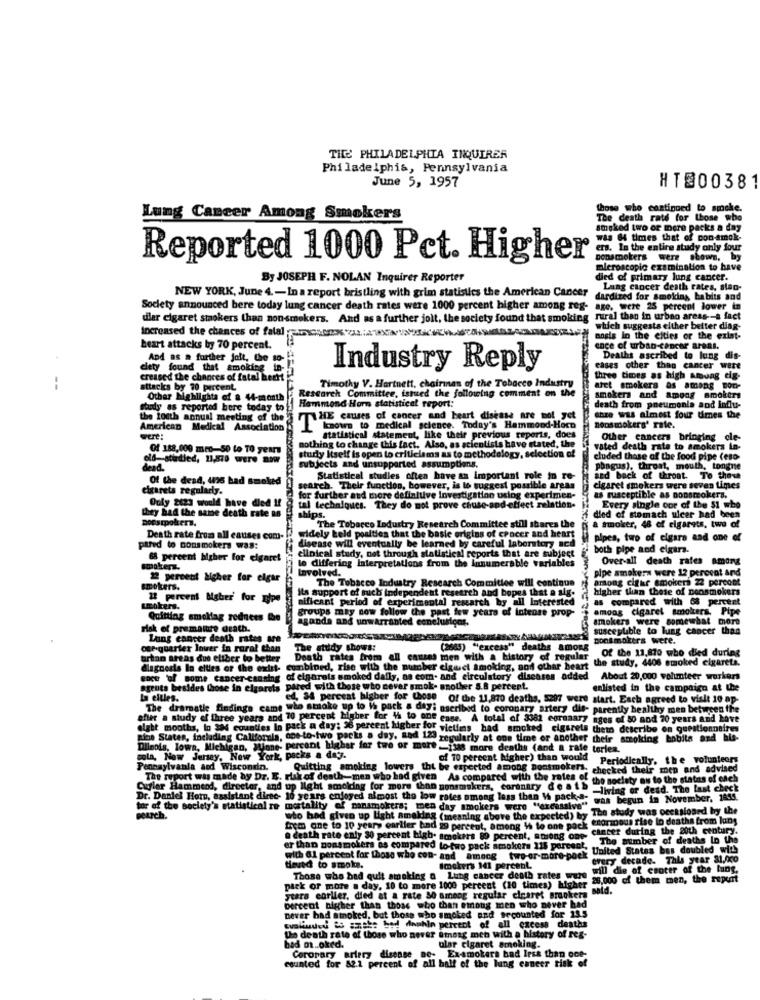
THE PHILADELPHIA INQUIRER
Philadelphia, Pennsylvania
June 5, 1957
HTS00381
those who continued to smoke.
Lung Cancer Among Smokers
The death rate for those who
Imgked two or more packs a day
was 64 times that of con-amok-
ers. In the entire study only four
Reported 1000 Pct. Higher
Donsmokers were shown, by
oleroscopic examination to have
By JOSEPH F. NOLAN Inquirer Reporter
died of primary lung cancer.
Lung cancer death rates, siao-
NEW YORK, June 4 .- In a report bristling with grim statistics the American Cancer
dardized for smoking babits and
Society announced bere today lung cancer death rates were 1000 percent higher among reg- age, were 25 percent lower in
ular cigaret stokers than non-smokers. And as a further jolt, the society found that smoking rural than in urban areas -- a fact
which suggests either better diag-
increased the chances of falal parsonx 2 :4 XXX
angis In the eities or the exist-
heart attacks by 70 percent.
ence of urban-cancer areas.
And as a further jolt, Che so-
Deaths ascribed to lung dis-
elety found that smoking in-
Industry Reply
cases other than cancer were
creased the chances of fatal hecht
three times as high smung eig-
--
attacks by 70 percent
Research Committee, issued the following comment on the
Timothy V. Hartnett, chairman of the Tobacco Industry
afet smokers as among por-
Other highlights of a 44-month
smokers and among smokers
Study as reported here today to
Hammond Horn statistical report:
death from pneumonia and influ-
the fouth annual meeting of the
THE causes of cancer and heart disease are not yet
thze was almost four times the
American Medical Association
Icaown to medical science. Today's Hammond-Horn
nonsmokers' rate.
wert:
statistical statement, like their previous reports, does
Other cancers bringing cle-
Of 188,000 men-50 to TO years
nothing to change this fact. Also, as scientists have stated, the
vated death rate to smokers in-
old-studied, 11,570 were now
study Itself is open to criticisms as to methodology, selection of
eluded those of the food pipe (eso
dead.
subjects and unsupported assumptions.
phagus). throat, mouth, tongne
Of the dead, 42s had smoked
Statistical studies often have an important role in re-
and back of throat. To theve
cigarets regularly.
arch. Their function, however, is to suggest possible areas
cigaret smokers were seven times
as susceptible as nonsmokers,
for further and there definiuve investigation using experimen-
Ouly 2423 would have died !!
tal techniques. They do not prove chuse-and-effect relation-
Every single oor of the 51 who
noestpokers.
they had the same death rate a8
died of stomach ulcer had been
The Tobacco Industry Research Committee still shares the
a smoker, 48 of cigarets, two of
Death rate from all causes com-
disease will eventually be learned by careful laboratory acd
widely keld poalties that the basic origins of cpocer and heart
pipes, two of elgara and one of
ptred to nonsmokers was:
clinical study, not through statistical reports that are subject
both pipe and cigars.
68 percent higher for elgaret
le differing Interpretations from the Innumerable variables
Over-all death rates among
smokers.
Involved.
pipe smokers were 12 percent and
22 percent Mgher for elgar
The Tobacco Industry Research Committee will continue
artong cigar smokers 22 percott
smokers.
dent research and bopes that
higher than these of nonsmokers
12 percent Msher' for mipe
nificant period of experimental research by all Interested
ils support of such independen
as compared with 68 percent
smokers.
groups may now follow the past few years of Intense prop-
among cigaret smokers. Pipe
Quitting smollag reduces the
aganda and unwarranted conclusions.
smokers were somewhat more
risk of premature death.
susceptible to lung cancer than
Lung cancer death rates are
Bonsmokers were.
ogr-quarter lover in rural than
The study shows:
(2665) "excess" deaths among
Of the 11,870 who died during
artan areas dus eliber to better
Death rates from all causes men with a history of regular
the study, 4406 smoked cigareta.
diagnosis In elties or the exist-
combined, rise with the number cigwct smoking, and other beart
ence 'of some cancer-causing of cigarals smoked dafly, as com- and circulatory diseases added
About 20,000 vahimteer workers
agents besides those in elgarets pared with those who never smok- another S.8 percent.
enlisted in the campaign at the
La eitles.
ed, 34 percent hisber for those Of the 11,870 deaths, 5297 were start. Esch agreed to visle 10 ap-
The dramatie findings came who stroke up to i pack a day: nscribed to coronary artery dis- parently healthy men between the
after a study of three years and 70 percent higher for th to one ense. A total of 3381 egranary
eight months, to 384 counties In pack a day: 36 percent higher for victims had smoked cigarets theto describe en questionnaires
nine States, including California, one-to-two packs a day, nad 123.
regularly at one time or another their smoking bobita and his-
Dlinois, Iowa, Michigan, Winne- percent higher for two or more-1338 more deaths (and a rate tories.
wola, New Jersey, New York, packs a day.
of 10 percent higher) than would
Periodically, the volunteers
Pennsylvania and Wisconsin.
Quitting smoking lowers thi be expected among nonsmokers. checked their men and advised
checked their men and advised
The report was made by Dr. E. risk of death-men who had given As compared with the rates of the society an to the status of each
the society an to the status of each
Cufler Hammend, direeter, and up light scolding for more than nonsmskers, coronary death
-living or desd. The last check
Dr. Daniel Horn, assistant direc- 10 years enjoyed almost the low rates among less than Wh pack-s-
was begun in November, 1855.
tor of the society's statistical re mortality of manamoirers; men day smokers were "excessive"
dag (meaning above the expected) by The study was occasioned by the
Deurch.
enormous rise lo deaths from lung
trem one to 10 years earlier bad 29 percent, among 1h to one pack
cancer during the 20th century.
@ death rate enly 30 percent bigb. smokers 89 percent, among one-
The member of deaths In the
er than nonsmokers as compared to-two pack smokers 115 percent,
with &1 percent for those who con- and among two-or-more-pack United States bas doubled with
every decade. This year 31.000
tisved to smoke.
Imokers 141 percent.
will die of center of the lung.
Those who bad quit smoking a Lung cancer death rates were
26,000 of them men, the report
pack or more a day, 10 to more 1000 percent (10 times) higher
za Bald.
Stara corller, died at a rate 50 among regular clearet Brookera
percent higher than those who than emong men who never had
never had smoked, but those who smoked and arcounted for 195
tvaliudeu & szthe bed douhin percent of all excess deaths
the death rate of those who never emeag met with a history of reg-
had ot .. okrd.
ular cigaret smoking.
counted for 82.1 percent of all half of the lung cancer risk of
Coronary artery disease ne- Ex-smokers bad less than one-